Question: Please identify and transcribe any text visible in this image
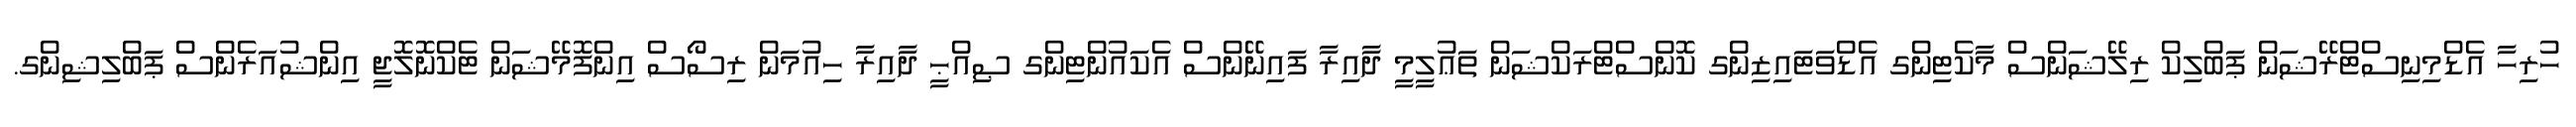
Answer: ހުރިހާ އެޑްމިނިސްޓްރޭޝަން ޕަބްލިކް ރިލޭޝަންސް މާކެޓިންގ އެޑްވަޓައިޒިންގ ކޮންސްޓްރަކްޝަން ތަޢުލީމީ ދާއިރާ ފައިނޭންސް އެކައުންޓިންގ ޞިއްޙީ ދާއިރާ ހިއުމަން ރިސޯސް އިންފޮމޭޝަން ޓެކްނޮލޮޖީ އިންޝުއަރެންސް ޕަބްލިޝިންގ.